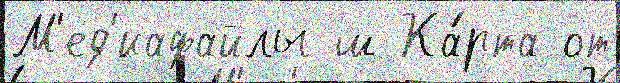
М'ед'иафайлы ш Ка́рта от